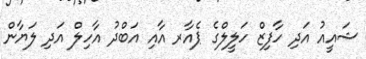
ޝައީއު އަދި ހާފިޒް ހަލީލްގެ ޕެއާރ އާއި އަބްދު އާހިލް އަދި ލަޔާން